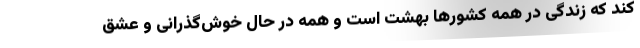
کند که زندگی در همه کشورها بهشت است و همه در حال خوش‌گذرانی و عشق